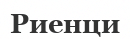
Риенци